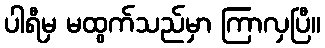
ပါရီမှ မထွက်သည်မှာ ကြာလှပြီ။